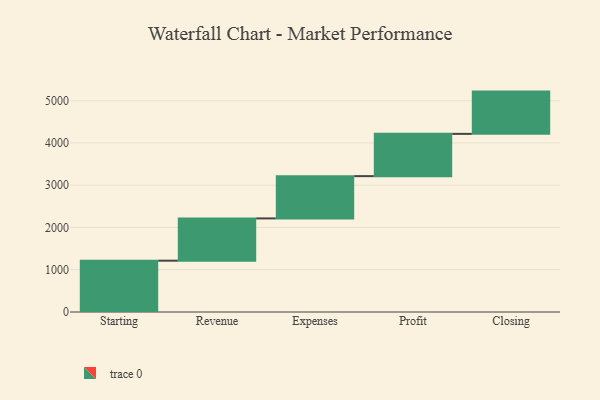
{"axis": {"x": "Step", "y": "Value"}, "legend": [""], "data": [{"x": "Starting", "y": 1214.0, "type": ""}, {"x": "Revenue", "y": 1000, "type": ""}, {"x": "Expenses", "y": 1000, "type": ""}, {"x": "Profit", "y": 1000, "type": ""}, {"x": "Closing", "y": 1000, "type": ""}]}